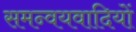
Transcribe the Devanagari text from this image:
समन्वयवादियों